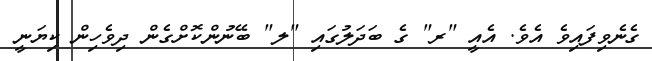
ގެނެވިފައިވެ އެވެ. އެއީ "ރ" ގެ ބަދަލުގައި "ލ" ބޭނުންކޮށްގެން ދިވެހިން ކިޔަނީ